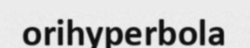
orihyperbola